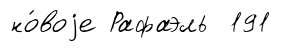
но́воjе Рафаэль 191